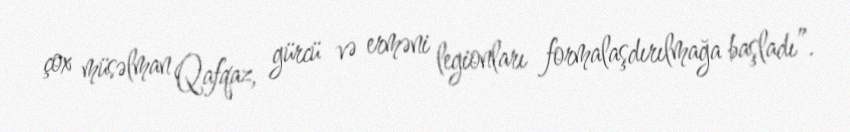
çox müsəlman Qafqaz, gürcü və erməni legionları formalaşdırılmağa başladı”.